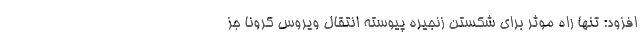
افزود: تنها راه موثر برای شکستن زنجیره پیوسته انتقال ویروس کرونا جز